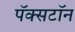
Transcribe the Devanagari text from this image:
पॅक्सटॉन